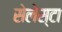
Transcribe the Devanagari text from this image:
सेलेस्टा